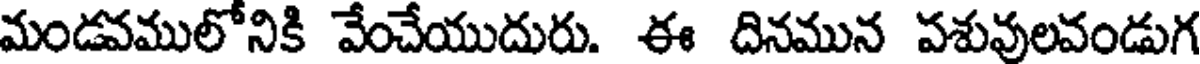
మండవములోనికి వేంచేయుదురు. ఈ దినమున పశువులవండుగ